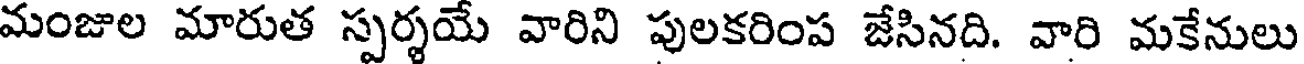
మంజుల మారుత స్పర్శయే వారిని పులకరింప జేసినది. వారి మకేనులు